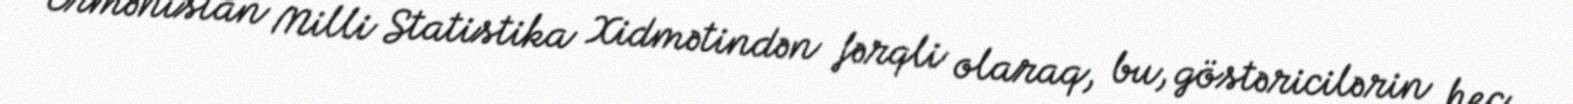
Ermənistan Milli Statistika Xidmətindən fərqli olaraq, bu, göstəricilərin heç